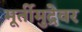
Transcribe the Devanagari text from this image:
मूर्तीमुद्रेवर